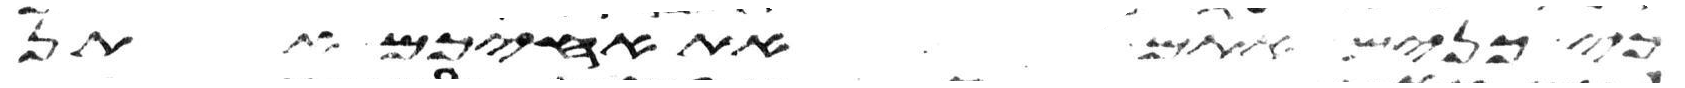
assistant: כי כנים אתם את אחיכם אתן